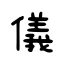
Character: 儀